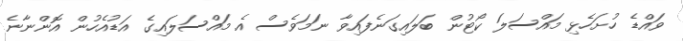
ވައްޑެ ހުށަހެޅި މައްސަލަ ކޯޓުން ބަލައިގަނެފައިވާ ނަމަވެސް އެ މައްސަލައިގެ އަޑުއެހުން އޮންނާނެ